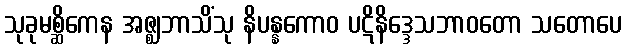
သုခုမစ္ဆိကေန အဇ္ဈဘာသိံသု နိပန္နကောဝ ပဋိနိဒ္ဒေသဘာဝတော သတောပေ